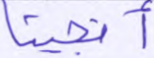
أنجينا